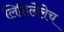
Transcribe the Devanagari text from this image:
लिहिलेलेच